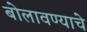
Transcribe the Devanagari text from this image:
बोलावण्याचे